Theory and practice of anti-rabic immunisation - Number 30
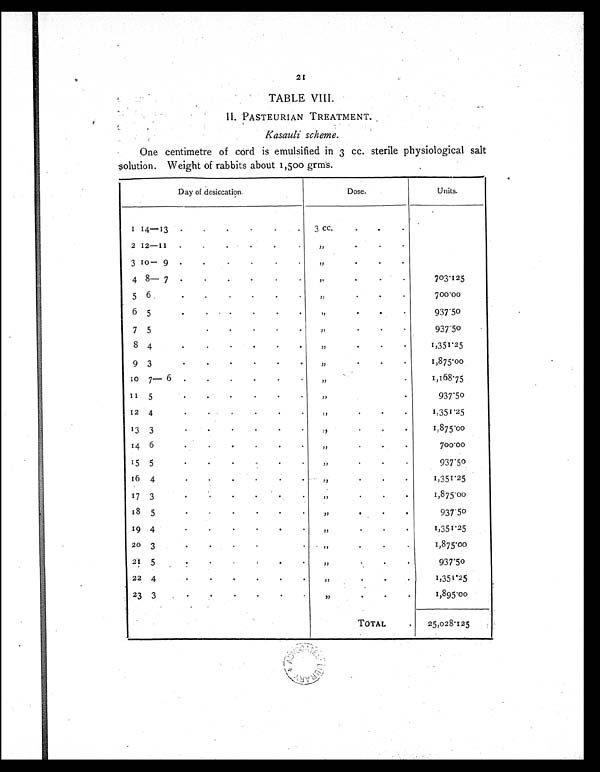
21
TABLE VIII.
I I . P A S T E U R I A N T R E A T M E N T .
Kasauli scheme.
One centimetre of cord is emulsified in 3 cc. sterile physiological salt
solution. Weight of rabbits about 1,500 grms.
Day of desiccation.
Dose.
Units.
I 14—13
.
.
.
.
.
3 cc.
.
. .
2 12—11
.
.
.
.
.
.
,,
. . .
3 10—9.
.
.
.
.
.
,,
.
. .
4 8 — 7 . .
. . . .
,,
. .
.
703.125
5
6
.
.
.
.
.
,,
.
.
.
700.00
6 5
.
. . .
.
.
.
,,
. .
.
937.50
7 5
. . . . .
,,
.
.
.
937.50
8 4.
.
.
.
.
.
.
,,
.
.
.
1,351.25
9 3
.
.
.
.
.
.
,,
.
.
.
1,875.00
10 7— 6 .
.
. . . .
,,
.
1,168.75
1 1 5
.
.
.
.
.
.
,,
.
937.50
12 4
.
. , . . .
,,
.
1,351.25
13 3
.
.
.
. . .
,,
. . .
1 , 8 7 5 . 0 0
14 6
.
. . . . .
,,
. . .
7 0 0 . 0 0
15 5
.
.
.
.
.
,,
.
.
9 3 7 . 5 0
6 4
.
.
.
.
.
.
,,
.
.
.
1,351.25
17 3
.
.
.
.
.
, ,
.
1,875.00
1 8 5
.
.
.
.
. .
,,
. . .
937.50
19 4
. . . . .
,,
. . .
1,351.25
20 3
. . . . .
, ,
. . .
1,875.00
2 1 5
. . . . . .
,,
. . .
937.50
2 2 4
. . . . . .
,,
.
.
.
1,351.25
23 3
.
.
.
.
.
.
,,
.
.
.
1,895.00
TOTAL
.
25,028.125